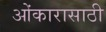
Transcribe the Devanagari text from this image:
ओंकारासाठी